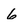
Character: 6